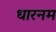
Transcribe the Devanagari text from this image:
धारनम